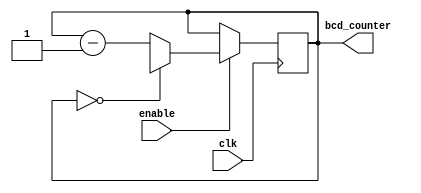
module BCD_Down_Counter_with_Enable(
    input wire clk,
    input wire enable,
    output reg [3:0] bcd_counter
);

reg [3:0] preset_value;

always @(posedge clk) begin
    if(enable) begin
        if(bcd_counter == 4'b0000) begin
            bcd_counter <= preset_value;
        end else begin
            bcd_counter <= bcd_counter - 1;
        end
    end
end

endmodule